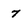
Character: 7